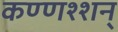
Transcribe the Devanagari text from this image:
कण्णश्शन्